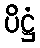
ပိဋ္ဌံ